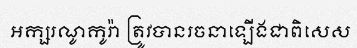
អក្សរណូកូរ៉ា ត្រូវបានរចនាឡើងជាពិសេស